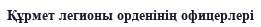
Құрмет легионы орденінің офицерлері